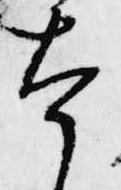
本